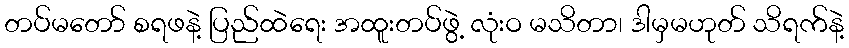
တပ်မတော် စရဖနဲ့ ပြည်ထဲရေး အထူးတပ်ဖွဲ့ လုံးဝ မသိတာ၊ ဒါမှမဟုတ် သိရက်နဲ့